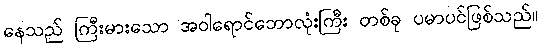
နေသည် ကြီးမားသော အဝါရောင်ဘောလုံးကြီး တစ်ခု ပမာပင်ဖြစ်သည်။